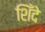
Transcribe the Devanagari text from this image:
शिँदे